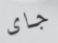
جاى